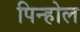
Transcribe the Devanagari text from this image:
पिन्होल